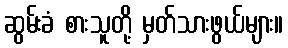
ဆွမ်းခံ စားသူတို့ မှတ်သားဖွယ်များ။